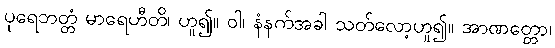
ပုရေဘတ္တံ မာရေဟီတိ၊ ဟူ၍။ ဝါ၊ နံနက်အခါ သတ်လော့ဟူ၍။ အာဏတ္တော၊